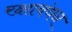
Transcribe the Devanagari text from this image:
रक्षावंधन